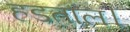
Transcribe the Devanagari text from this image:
हडताल।